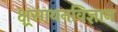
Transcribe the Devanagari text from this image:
क्ष्रसायनविज्ञान